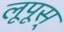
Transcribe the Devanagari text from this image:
लूपूस्